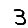
Digit: 3